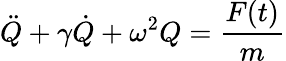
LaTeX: \ddot{Q}+\gamma\dot{Q}+\omega^{2}Q=\frac{F(t)}{m}